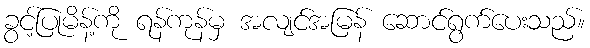
ခွင့်ပြုမိန့်ကို ရန်ကုန်မှ အလျင်အမြန် ဆောင်ရွက်ပေးသည်။